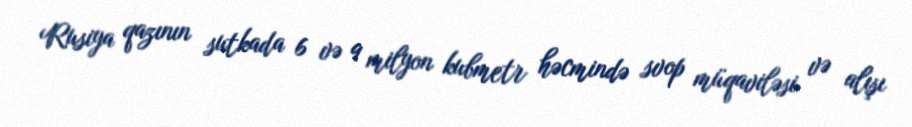
Rusiya qazının sutkada 6 və 9 milyon kubmetr həcmində svop müqaviləsi və alışı